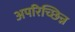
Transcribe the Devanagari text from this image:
अपरिच्छिन्न